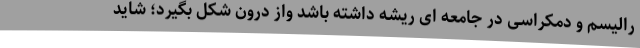
رالیسم و دمکراسی در جامعه ای ریشه داشته باشد واز درون شکل بگیرد؛ شاید